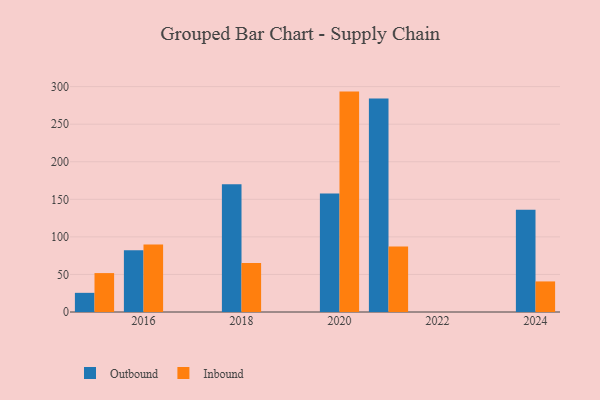
{"axis": {"x": "Year", "y": "Latency (ms)"}, "legend": ["Inbound", "Outbound"], "data": [{"x": "2016", "y": 82.1, "type": "Outbound"}, {"x": "2016", "y": 90.0, "type": "Inbound"}, {"x": "2021", "y": 284.1, "type": "Outbound"}, {"x": "2021", "y": 87.2, "type": "Inbound"}, {"x": "2020", "y": 157.7, "type": "Outbound"}, {"x": "2020", "y": 293.4, "type": "Inbound"}, {"x": "2018", "y": 169.9, "type": "Outbound"}, {"x": "2018", "y": 65.1, "type": "Inbound"}, {"x": "2024", "y": 136.2, "type": "Outbound"}, {"x": "2024", "y": 40.7, "type": "Inbound"}, {"x": "2015", "y": 25.5, "type": "Outbound"}, {"x": "2015", "y": 51.8, "type": "Inbound"}]}